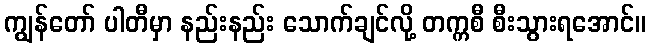
ကျွန်တော် ပါတီမှာ နည်းနည်း သောက်ချင်လို့ တက္ကစီ စီးသွားရအောင်။